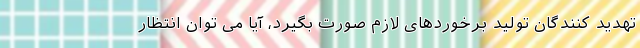
تهدید کنندگان تولید برخوردهای لازم صورت بگیرد، آیا می توان انتظار